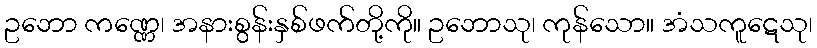
ဥဘော ကဏ္ဏေ၊ အနားစွန်းနှစ်ဖက်တို့ကို။ ဥဘောသု၊ ကုန်သော။ အံသကူဋေသု၊